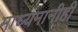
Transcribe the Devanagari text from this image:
माध्यमानीही